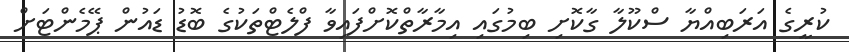
ކުރީގެ އަރަބިއްޔާ ސްކޫލާ ގާކޮށި ބިމުގައި އިމާރާތްކޮށްފައިވާ ފްލެޓްތަކުގެ ބޮޑު ޑައުން ޕޭމެންޓަށް